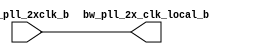
module bw_clk_cl_ctu_2xcmp_b(bw_pll_2x_clk_local_b ,bw_pll_2xclk_b );
output		bw_pll_2x_clk_local_b ;
input		bw_pll_2xclk_b ;
 
assign bw_pll_2x_clk_local_b =  bw_pll_2xclk_b;
/*
wire		net6 ;
 
 
bw_u1_ckbuf_33x I3 (
     .clk             (net6 ),
     .rclk            (bw_pll_2xclk_b ) );
bw_u1_ckbuf_33x local_driver_3_ (
     .clk             (bw_pll_2x_clk_local_b ),
     .rclk            (net6 ) );
bw_u1_ckbuf_33x local_driver_4_ (
     .clk             (bw_pll_2x_clk_local_b ),
     .rclk            (net6 ) );
bw_u1_ckbuf_33x local_driver_1_ (
     .clk             (bw_pll_2x_clk_local_b ),
     .rclk            (net6 ) );
bw_u1_ckbuf_33x local_driver_2_ (
     .clk             (bw_pll_2x_clk_local_b ),
     .rclk            (net6 ) );
bw_u1_ckbuf_33x local_driver_0_ (
     .clk             (bw_pll_2x_clk_local_b ),
     .rclk            (net6 ) );
*/
endmodule